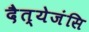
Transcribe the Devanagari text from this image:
दैत्येजंसि